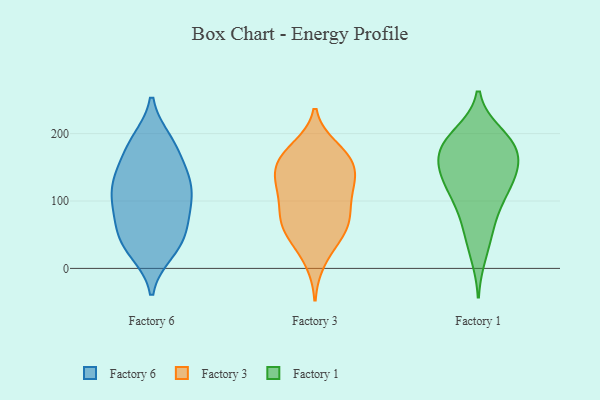
{"axis": {"x": "Conversion Rate (%)", "y": "Value"}, "legend": ["Factory 1", "Factory 3", "Factory 6"], "data": [{"x": "", "y": 26, "type": "Factory 6"}, {"x": "", "y": 52, "type": "Factory 6"}, {"x": "", "y": 24, "type": "Factory 6"}, {"x": "", "y": 103, "type": "Factory 6"}, {"x": "", "y": 190, "type": "Factory 6"}, {"x": "", "y": 56, "type": "Factory 6"}, {"x": "", "y": 168, "type": "Factory 6"}, {"x": "", "y": 83, "type": "Factory 6"}, {"x": "", "y": 132, "type": "Factory 6"}, {"x": "", "y": 135, "type": "Factory 6"}, {"x": "", "y": 144, "type": "Factory 6"}, {"x": "", "y": 126, "type": "Factory 6"}, {"x": "", "y": 98, "type": "Factory 6"}, {"x": "", "y": 190, "type": "Factory 6"}, {"x": "", "y": 82, "type": "Factory 6"}, {"x": "", "y": 47, "type": "Factory 6"}, {"x": "", "y": 183, "type": "Factory 6"}, {"x": "", "y": 99, "type": "Factory 6"}, {"x": "", "y": 128, "type": "Factory 6"}, {"x": "", "y": 35, "type": "Factory 6"}, {"x": "", "y": 81, "type": "Factory 3"}, {"x": "", "y": 126, "type": "Factory 3"}, {"x": "", "y": 55, "type": "Factory 3"}, {"x": "", "y": 64, "type": "Factory 3"}, {"x": "", "y": 132, "type": "Factory 3"}, {"x": "", "y": 67, "type": "Factory 3"}, {"x": "", "y": 178, "type": "Factory 3"}, {"x": "", "y": 100, "type": "Factory 3"}, {"x": "", "y": 59, "type": "Factory 3"}, {"x": "", "y": 93, "type": "Factory 3"}, {"x": "", "y": 39, "type": "Factory 3"}, {"x": "", "y": 130, "type": "Factory 3"}, {"x": "", "y": 171, "type": "Factory 3"}, {"x": "", "y": 145, "type": "Factory 3"}, {"x": "", "y": 119, "type": "Factory 3"}, {"x": "", "y": 162, "type": "Factory 3"}, {"x": "", "y": 167, "type": "Factory 3"}, {"x": "", "y": 157, "type": "Factory 3"}, {"x": "", "y": 11, "type": "Factory 3"}, {"x": "", "y": 107, "type": "Factory 1"}, {"x": "", "y": 133, "type": "Factory 1"}, {"x": "", "y": 200, "type": "Factory 1"}, {"x": "", "y": 183, "type": "Factory 1"}, {"x": "", "y": 178, "type": "Factory 1"}, {"x": "", "y": 176, "type": "Factory 1"}, {"x": "", "y": 122, "type": "Factory 1"}, {"x": "", "y": 115, "type": "Factory 1"}, {"x": "", "y": 53, "type": "Factory 1"}, {"x": "", "y": 19, "type": "Factory 1"}, {"x": "", "y": 160, "type": "Factory 1"}, {"x": "", "y": 199, "type": "Factory 1"}, {"x": "", "y": 91, "type": "Factory 1"}, {"x": "", "y": 145, "type": "Factory 1"}, {"x": "", "y": 186, "type": "Factory 1"}, {"x": "", "y": 144, "type": "Factory 1"}, {"x": "", "y": 63, "type": "Factory 1"}, {"x": "", "y": 158, "type": "Factory 1"}]}